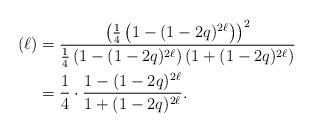
LaTeX: \begin{align*}\left(\ell\right)&=\frac{\left(\frac{1}{4}\left(1-(1-2q)^{2\ell}\right)\right)^2}{\frac{1}{4}\left(1-(1-2q)^{2\ell}\right)\left(1+(1-2q)^{2\ell}\right)}\\&=\frac{1}{4}\cdot\frac{1-(1-2q)^{2\ell}}{1+(1-2q)^{2\ell}}.\end{align*}